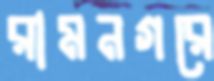
রামনগরে